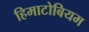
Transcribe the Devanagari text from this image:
हिमाटोबियम